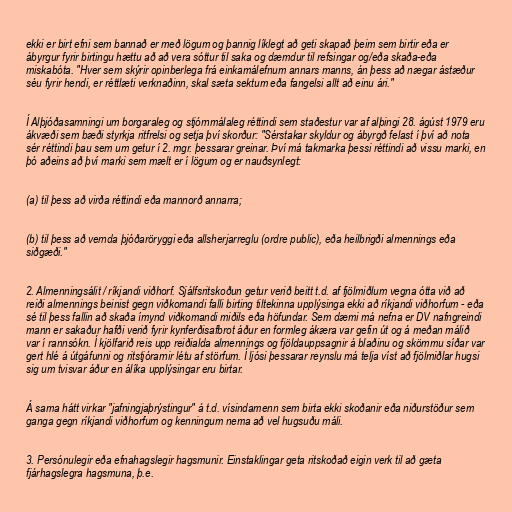
ekki er birt efni sem bannað er með lögum og þannig líklegt að geti skapað þeim sem birtir eða er
ábyrgur fyrir birtingu hættu að að vera sóttur til saka og dæmdur til refsingar og/eða skaða-eða
miskabóta. "Hver sem skýrir opinberlega frá einkamálefnum annars manns, án þess að nægar ástæður
séu fyrir hendi, er réttlæti verknaðinn, skal sæta sektum eða fangelsi allt að einu ári."

Í Alþjóðasamningi um borgaraleg og stjórnmálaleg réttindi sem staðestur var af alþingi 28. ágúst 1979 eru
ákvæði sem bæði styrkja ritfrelsi og setja því skorður: "Sérstakar skyldur og ábyrgð felast í því að nota
sér réttindi þau sem um getur í 2. mgr. þessarar greinar. Því má takmarka þessi réttindi að vissu marki, en
þó aðeins að því marki sem mælt er í lögum og er nauðsynlegt:

(a) til þess að virða réttindi eða mannorð annarra;

(b) til þess að vernda þjóðaröryggi eða allsherjarreglu (ordre public), eða heilbrigði almennings eða
siðgæði."

2. Almenningsálit / ríkjandi viðhorf. Sjálfsritskoðun getur verið beitt t.d. af fjölmiðlum vegna ótta við að
reiði almennings beinist gegn viðkomandi falli birting tiltekinna upplýsinga ekki að ríkjandi viðhorfum - eða
sé til þess fallin að skaða ímynd viðkomandi miðils eða höfundar. Sem dæmi má nefna er DV nafngreindi
mann er sakaður hafði verið fyrir kynferðisafbrot áður en formleg ákæra var gefin út og á meðan málið
var í rannsókn. Í kjölfarið reis upp reiðialda almennings og fjöldauppsagnir á blaðinu og skömmu síðar var
gert hlé á útgáfunni og ritstjórarnir létu af störfum. Í ljósi þessarar reynslu má telja víst að fjölmiðlar hugsi
sig um tvisvar áður en álíka upplýsingar eru birtar.

Á sama hátt virkar "jafningjaþrýstingur" á t.d. vísindamenn sem birta ekki skoðanir eða niðurstöður sem
ganga gegn ríkjandi viðhorfum og kenningum nema að vel hugsuðu máli.

3. Persónulegir eða efnahagslegir hagsmunir. Einstaklingar geta ritskoðað eigin verk til að gæta
fjárhagslegra hagsmuna, þ.e.